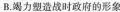
B.竭力塑造战时政府的形象